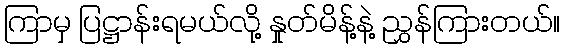
ကြာမှ ပြဋ္ဌာန်းရမယ်လို့ နှုတ်မိန့်နဲ့ ညွှန်ကြားတယ်။